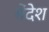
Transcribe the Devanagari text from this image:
मेंदेश